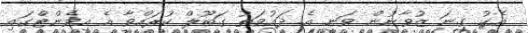
އެކު ގިނަ ޒުވާނުން ވަނީ އެ ދައުވަތު ގަބޫލް ކުރައްވާ އެ އިވެންޓްގައި